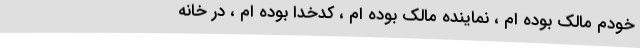
خودم مالک بوده ام ، نماینده مالک بوده ام ، کدخدا بوده ام ، در خانه